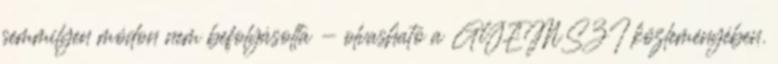
semmilyen módon nem befolyásolta - olvasható a GYEMSZI közleményében.